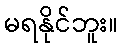
မရနိုင်ဘူး။